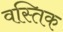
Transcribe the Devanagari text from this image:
वस्तिक